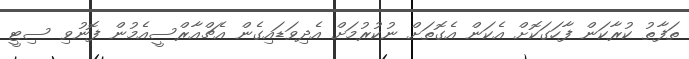
ތަފާތު ކުރާކަން ފާހަގަކޮށް އެކަން އެގޮތަށް ނުކުރުމަށް އެދިވަޑައިގެން އެޗްއާރްސީއެމުން ފޮނުވި ސިޓީ